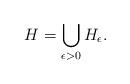
LaTeX: \begin{align*}H=\bigcup_{\epsilon>0}H_{\epsilon}.\end{align*}